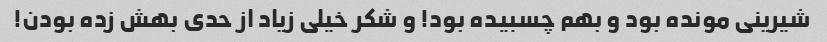
شیرینی مونده بود و بهم چسبیده بود! و شکر خیلی زیاد از حدی بهش زده بودن!